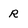
Character: R